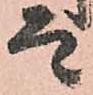
而